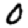
Digit: 0